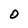
Character: O